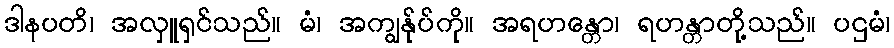
ဒါနပတိ၊ အလှူရှင်သည်။ မံ၊ အကျွန်ုပ်ကို။ အရဟန္တော၊ ရဟန္တာတို့သည်။ ပဌမံ၊